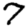
Digit: 7